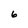
Character: 6